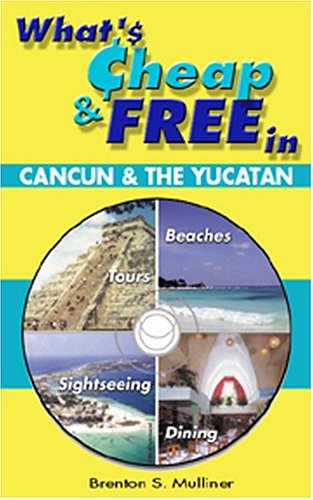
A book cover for What's Cheap and Free in Cancun and the Yucatan; Brenton S. Mulliner; Travel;